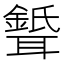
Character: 𦗦